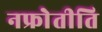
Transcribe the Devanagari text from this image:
नफ्रोेतीति